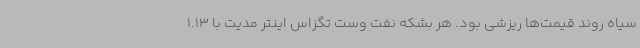
سیاه روند قیمت‌ها ریزشی بود. هر بشکه نفت وست تگزاس اینتر مدیت با 1.13